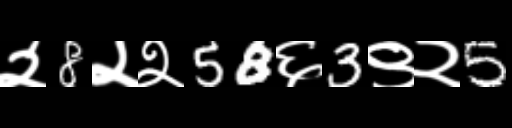
Text: २8२२58६3९२5